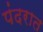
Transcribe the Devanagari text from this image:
पंदरात